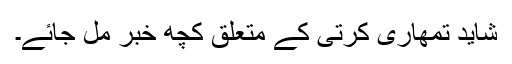
شاید تمھاری کرتی کے متعلق کچھ خبر مل جائے۔